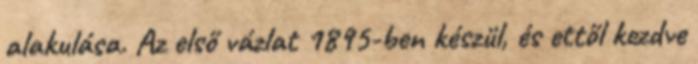
alakulása. Az első vázlat 1895-ben készül, és ettől kezdve